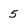
Character: 5